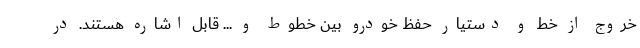
خروج از خط و دستیار حفظ خودرو بین خطوط و ... قابل اشاره هستند. در